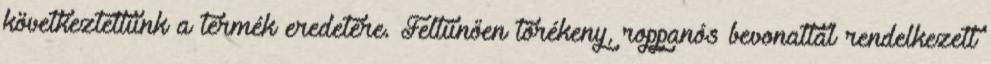
következtettünk a termék eredetére. Feltűnően törékeny, roppanós bevonattal rendelkezett